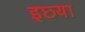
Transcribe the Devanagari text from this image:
इछ्या